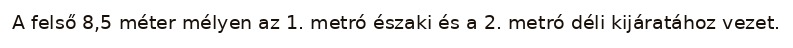
A felső 8,5 méter mélyen az 1. metró északi és a 2. metró déli kijáratához vezet.